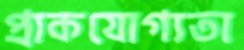
প্রাকযোগ্যতা